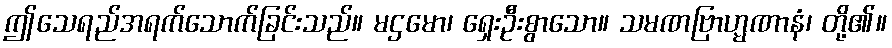
ဤသေရည်အရက်သောက်ခြင်းသည်။ မဌမော၊ ရှေးဦးစွာသော။ သမဏဗြာဟ္မဏာနံ၊ တို့၏။